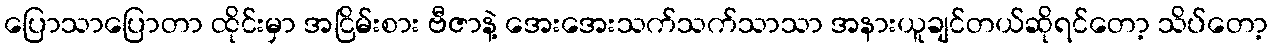
ပြောသာပြောတာ ထိုင်းမှာ အငြိမ်းစား ဗီဇာနဲ့ အေးအေးသက်သက်သာသာ အနားယူချင်တယ်ဆိုရင်တော့ သိပ်တော့